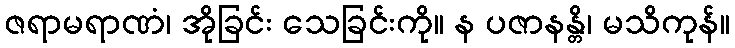
ဇရာမရာဏံ၊ အိုခြင်း သေခြင်းကို။ န ပဇာနန္တိ၊ မသိကုန်။